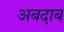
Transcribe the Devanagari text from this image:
अबदाब